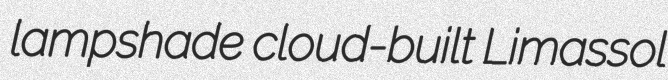
lampshade cloud-built Limassol